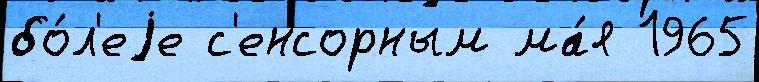
бо́л'еjе с'енсорным ма́я 1965